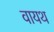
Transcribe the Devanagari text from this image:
वायथ